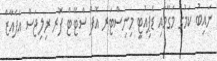
ނައިބު ކަމުގެ މަގާމާއި ޑެޕިއުޓީ މިނިސްޓަރ އޮފް ސްޓޭޓް ފޮރ ރިލިޖަސް އެފެއާޒް